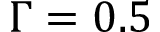
\Gamma = 0 . 5